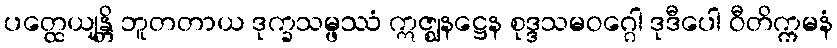
ပတ္ထေယျန္တိ ဘူတတာယ ဒုက္ခသမ္ဖဿံ ဣဇ္ဈနဋ္ဌေန စုဒ္ဒသမဝဂ္ဂေါ ဒုဒီပေါ ဝီတိက္ကမနံ